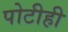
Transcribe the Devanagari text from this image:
पोटीही